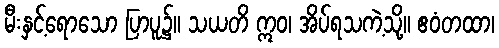
မီးနှင့်ရောသော ပြာပူ၌။ သယတိ ဣဝ၊ အိပ်ရသကဲ့သို့။ ဧဝံတထာ၊